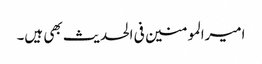
امیرالمومنین فی الحدیث بھی ہیں۔